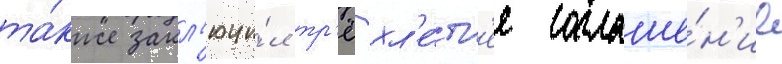
та́кже закл'ючи́л тр'ёхл'е́тн'ее соглаше́н'ие